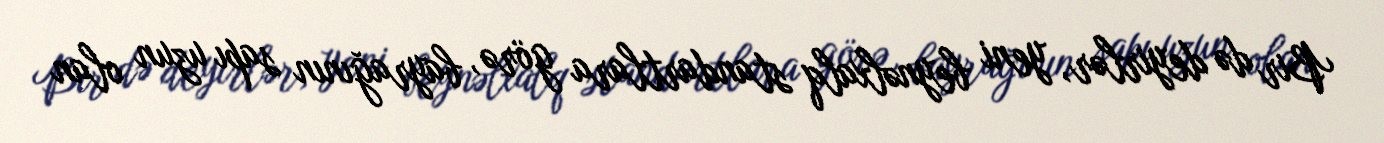
Bir də deyirlər, yeni beynəlxalq standartlara görə, bayrağının sapı uzun olan